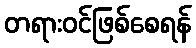
တရားဝင်ဖြစ်စေရန်